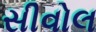
સીવોલ